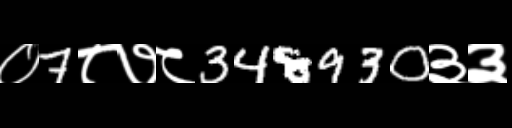
Text: ०7८७८348930३३